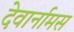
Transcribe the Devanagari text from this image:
देवार्नामस